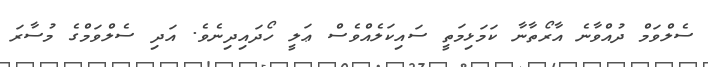
ސެލްވަމް ދުއްވާނެ އާރޯތާނާ ކަމަޅިމަތީ ސައިކަލެއްވެސް ޢަލީ ހޯދައިދިނެވެ. އަދި ސެލްވަމްގެ މުސާރަ